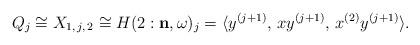
LaTeX: \begin{align*} Q_j \cong X_{1, \, j, \, 2} \cong H(2: \mathbf{n}, \omega)_j = \langle y^{(j+1)}, \, x y^{(j+1)}, \, x^{(2)}y^{(j+1)}\rangle.\end{align*}